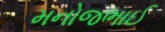
મનોજભાઈ